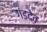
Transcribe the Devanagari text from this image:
गंडदेव